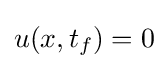
u(x,t_{f})=0